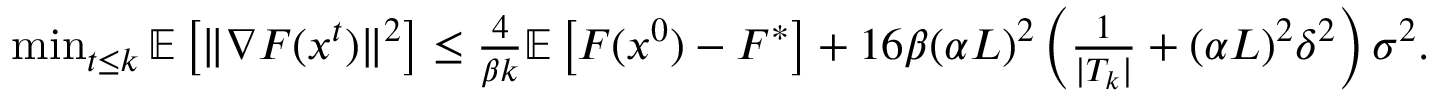
\begin{array} { r } { \operatorname* { m i n } _ { t \le k } \mathbb { E } \left[ \| \nabla F ( x ^ { t } ) \| ^ { 2 } \right] \le \frac { 4 } { \beta k } \mathbb { E } \left[ F ( x ^ { 0 } ) - F ^ { * } \right] + 1 6 \beta ( \alpha L ) ^ { 2 } \left( \frac { 1 } { | T _ { k } | } + ( \alpha L ) ^ { 2 } \delta ^ { 2 } \right) \sigma ^ { 2 } . } \end{array}